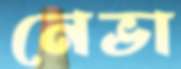
নেভা